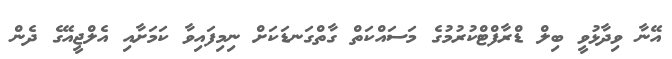
އޭނާ ވިދާޅުވީ ބިލް ޑްރާފްޓްކުރުމުގެ މަސައްކަތް ގާތްގަނޑަކަށް ނިމިފައިވާ ކަމަށާއި އެލްޖީއޭގެ ދެން